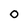
Character: 0